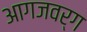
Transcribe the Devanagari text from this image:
आगजवर्ग